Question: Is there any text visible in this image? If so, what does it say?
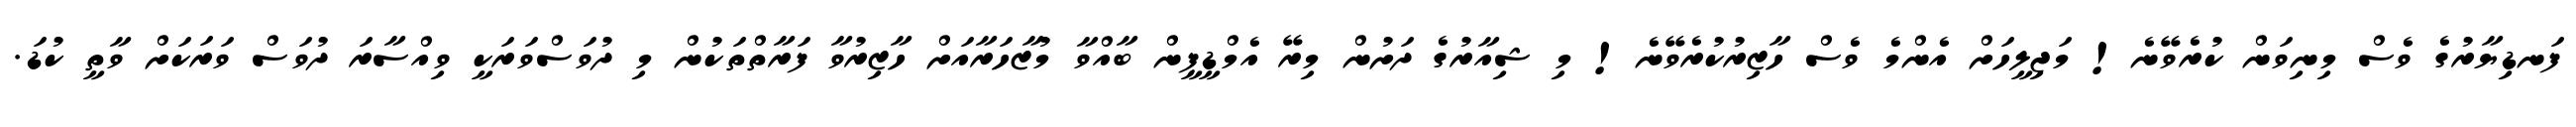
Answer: ފަނޑިޔާރުގެ ވެސް މިނިވަން ކުރެވޭނެ! މަޖިލީހަށް އެންމެ ވެސް ހާޒިރުކުރެވޭނެ! މި ޝިއާރުގެ ދަށުން މިރޭ އެމްޑީޕީން ބާއްވާ މުޒާހަރާއަށް ހާޒިރުވާ ފަރާތްތަކުން މި ދުވަސްވަރަކީ ވިއްސާރަ ދުވަސް ވަރަކަށް ވާތީ ކުޑަ.